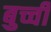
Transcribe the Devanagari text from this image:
बुच्ची